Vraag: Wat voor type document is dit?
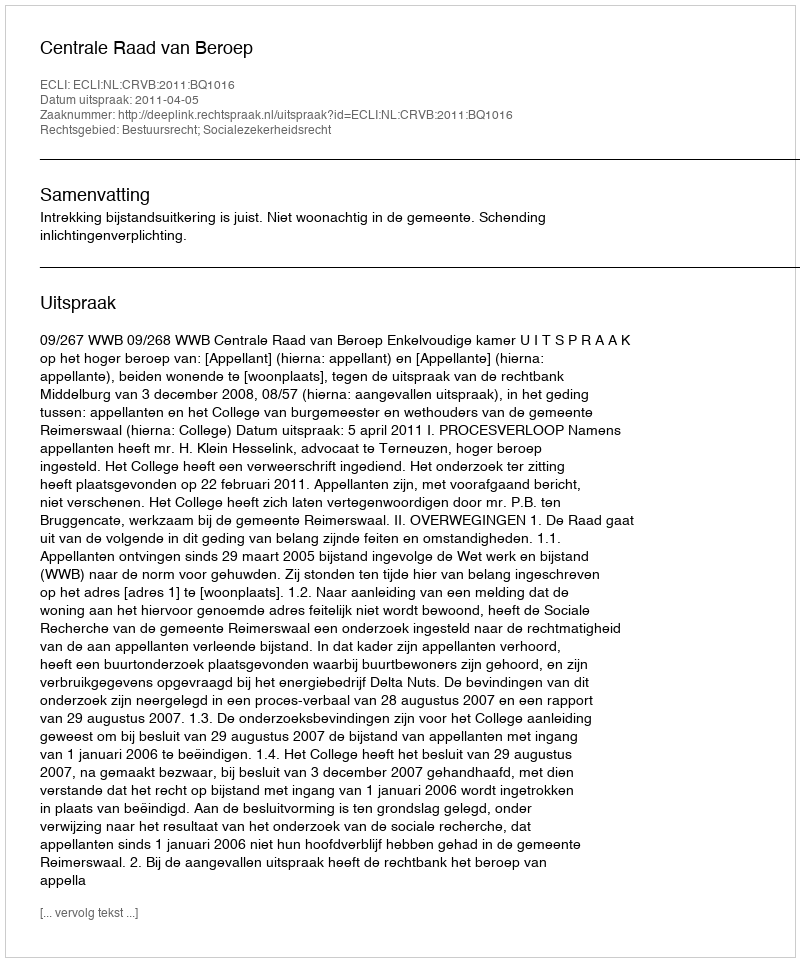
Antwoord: Uitspraak